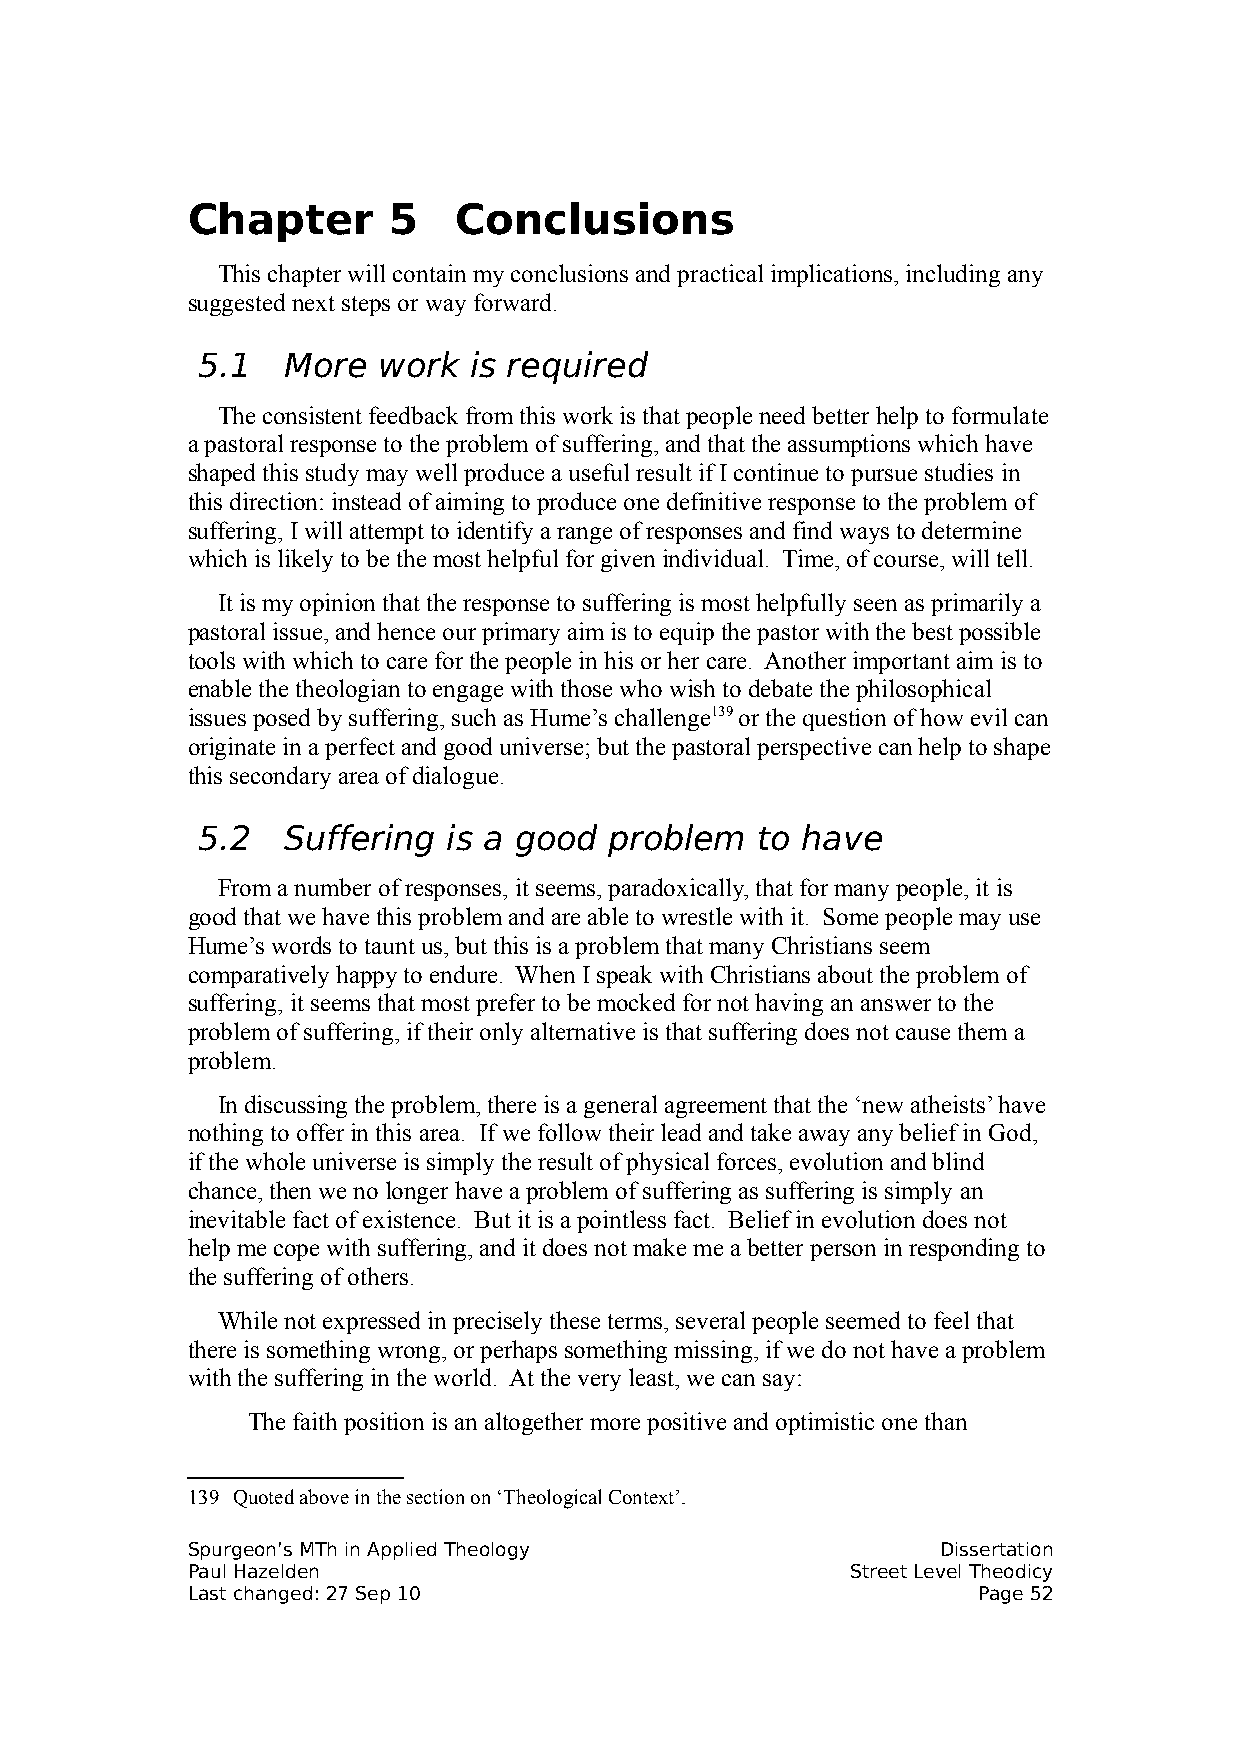
Chapter       5   Conclusions
 This chapter will contain my conclusions and practical implications, including any
 suggested next steps or way forward.
 5.1   More  work  is required
 The consistent feedback from this work is that people need better help to formulate
 a pastoral response to the problem of suffering, and that the assumptions which have
 shaped this study may well produce a useful result if I continue to pursue studies in
 this direction: instead of aiming to produce one definitive response to the problem of
 suffering, I will attempt to identify a range of responses and find ways to determine
 which is likely to be the most helpful for given individual. Time, of course, will tell.
 It is my opinion that the response to suffering is most helpfully seen as primarily a
 pastoral issue, and hence our primary aim is to equip the pastor with the best possible
 tools with which to care for the people in his or her care. Another important aim is to
 enable the theologian to engage with those who wish to debate the philosophical
 issues posed by suffering, such as Hume’s challenge139 or the question of how evil can
 originate in a perfect and good universe; but the pastoral perspective can help to shape
 this secondary area of dialogue.
 5.2   Suffering  is a good problem   to have
 From a number of responses, it seems, paradoxically, that for many people, it is
 good that we have this problem and are able to wrestle with it. Some people may use
 Hume’s words to taunt us, but this is a problem that many Christians seem
 comparatively happy to endure. When I speak with Christians about the problem of
 suffering, it seems that most prefer to be mocked for not having an answer to the
 problem of suffering, if their only alternative is that suffering does not cause them a
 problem.
 In discussing the problem, there is a general agreement that the ‘new atheists’ have
 nothing to offer in this area. If we follow their lead and take away any belief in God,
 if the whole universe is simply the result of physical forces, evolution and blind
 chance, then we no longer have a problem of suffering as suffering is simply an
 inevitable fact of existence. But it is a pointless fact. Belief in evolution does not
 help me cope with suffering, and it does not make me a better person in responding to
 the suffering of others.
 While not expressed in precisely these terms, several people seemed to feel that
 there is something wrong, or perhaps something missing, if we do not have a problem
 with the suffering in the world. At the very least, we can say:
 The faith position is an altogether more positive and optimistic one than
 139 Quoted above in the section on ‘Theological Context’.
 Spurgeon’s MTh in Applied Theology                Dissertation
 Paul Hazelden                               Street Level Theodicy
 Last changed: 27 Sep 10                              Page 52